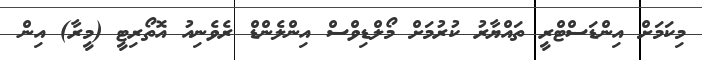
މިކަމަށް އިންޑަސްޓްރީ ތައްޔާރު ކުރުމަށް މޯލްޑިވްސް އިންލެންޑް ރެވެނިއު އޮތޯރިޓީ (މީރާ) އިން